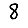
Digit: 8